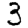
Digit: 3